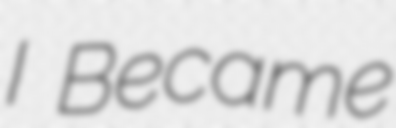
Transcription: I Became